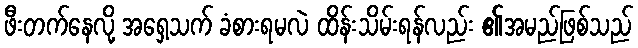
ဖီးတက်နေလို့ အရှေ့သက် ခံစားရမလဲ ထိန်းသိမ်းရန်လည်း ၏အမည်ဖြစ်သည်